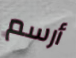
أرسم